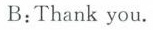
B:Thank you.